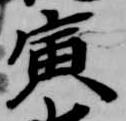
寅